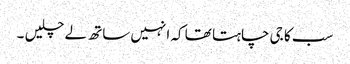
سب کا جی چاہتا تھا کہ انہیں ساتھ لے چلیں ۔